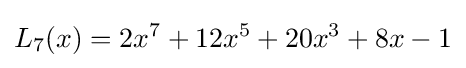
L_{7}(x)=2x^{7}+12x^{5}+20x^{3}+8x-1